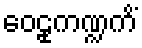
ဝေဠုကဏ္ဍကိံ